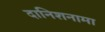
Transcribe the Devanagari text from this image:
दानिशनामा